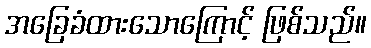
အခြေခံထားသောကြောင့် ဖြစ်သည်။